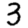
Digit: 3